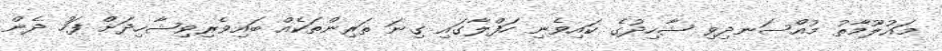
މައުލޫމާތު މުއްސަނދިވި ޝާހިދުގެ ކައިވެނި ހަފްލާގައި ގިނަ ތަރިންތަކެއް ބައިވެރިވިޝާހިދަށް ފަހު ދެން